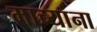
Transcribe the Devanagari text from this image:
माच्यांना